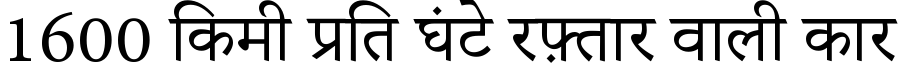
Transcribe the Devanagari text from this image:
1600 किमी प्रति घंटे रफ़्तार वाली कार